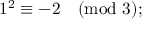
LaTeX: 1 ^ { 2 } \equiv - 2 { \pmod { 3 } } ;